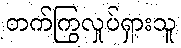
တက်ကြွလှုပ်ရှားသူ